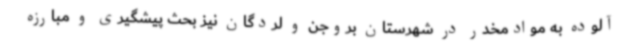
آلوده به موادمخدر در شهرستان بروجن و لردگان نیز بحث پیشگیری و مبارزه